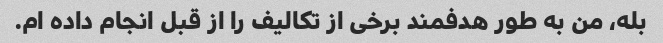
بله، من به طور هدفمند برخی از تکالیف را از قبل انجام داده ام.